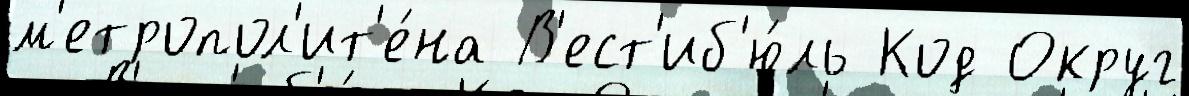
м'етропол'ит'е́на В'ест'иб'ю́ль Код Округ